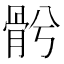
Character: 𩨦